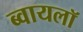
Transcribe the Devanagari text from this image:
ब्वायलॉ